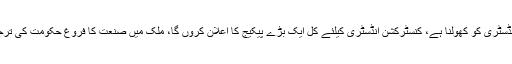
وزیراعظم کا کہنا تھا کہ ہم نے فیصلہ کر لیا ہے کنسٹرکشن انڈسٹری کو کھولنا ہے، کنسٹرکشن انڈسٹری کیلئے کل ایک بڑے پیکیج کا اعلان کروں گا، ملک میں صنعت کا فروغ حکومت کی ترجیح ہے، بزنس کمیونٹی کے بغیر پاکستان آگے نہیں بڑھ سکتا۔